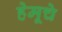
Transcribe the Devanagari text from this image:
हेमूचे